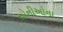
સોનીઓના